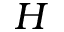
H